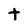
Character: t